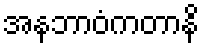
အနဘာဝံကတာနိ